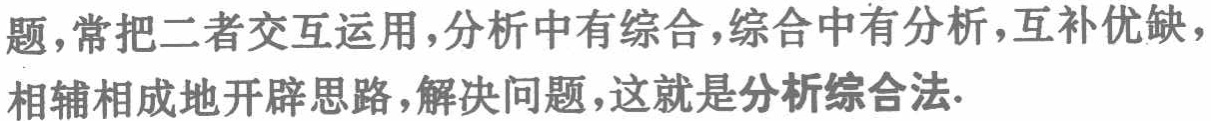
题,常把二者交互运用,分析中有综合,综合中有分析,互补优缺,相辅相成地开辟思路,解决问题,这就是分析综合法.